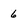
Character: 6